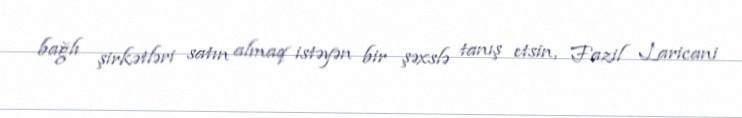
bağlı şirkətləri satın almaq istəyən bir şəxslə tanış etsin, Fazil Laricani